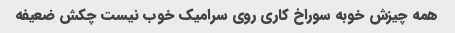
همه چیزش خوبه سوراخ کاری روی سرامیک خوب نیست چکش ضعیفه